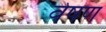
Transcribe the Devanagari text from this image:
वेषण